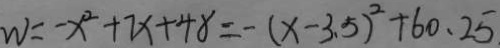
W = - x ^ { 2 } + 7 x + 4 8 = - ( x - 3 . 5 ) ^ { 2 } + 6 0 . 2 5